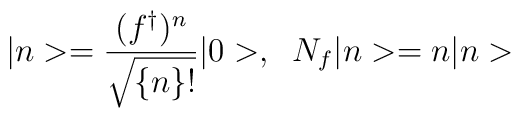
|n>=\frac{(f^{\dagger })^n}{\sqrt{\{n\}!}}|0>,\;\;N_f|n>=n|n>